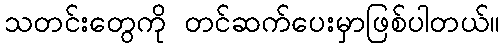
သတင်းတွေကို တင်ဆက်ပေးမှာဖြစ်ပါတယ်။